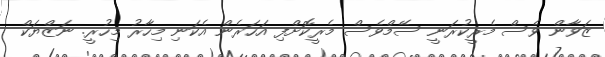
ޒަވާން ވެސް މެރީކުރަނީ ސޭމްވެސް މެރީކޮށްފި އަހަރެން އެކަނި މިހާރު މިހުރީ. ނަޒްޔަކް